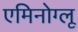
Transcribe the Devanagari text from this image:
एमिनोग्लू